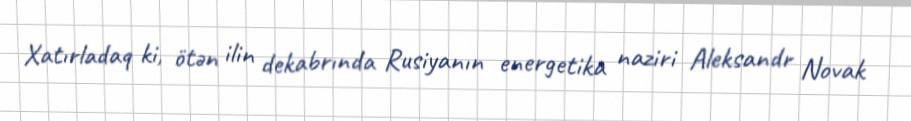
Xatırladaq ki, ötən ilin dekabrında Rusiyanın energetika naziri Aleksandr Novak